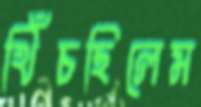
খিঁচছিলেম